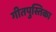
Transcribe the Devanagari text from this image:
गीतपुस्तिका